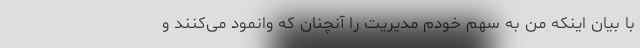
با بیان اینکه من به سهم خودم مدیریت را آنچنان که وانمود می‌کنند و